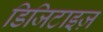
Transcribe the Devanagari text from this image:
डिजिटाइज़